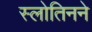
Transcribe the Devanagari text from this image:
स्लोतिनने